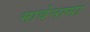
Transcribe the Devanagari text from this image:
मावेनासा